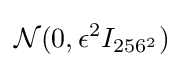
{\mathcal {N}}(0,\epsilon ^{2}I_{256^{2}})